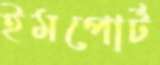
ইমপোর্ট